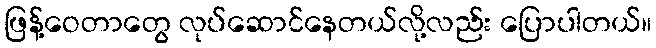
ဖြန့်ဝေတာတွေ လုပ်ဆောင်နေတယ်လို့လည်း ပြောပါတယ်။